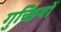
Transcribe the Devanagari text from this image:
गुच्छियों